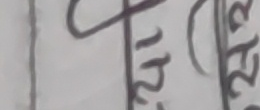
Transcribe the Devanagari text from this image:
प्रथिको